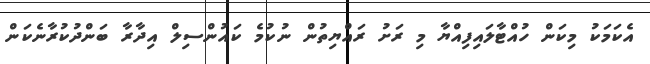
އެކަމަކު މިކަން ހުއްޓާލައިފިއްޔާ މި ރަށު ރައްޔިތުން ނުކުމެ ކައުންސިލް އިދާރާ ބަންދުކުރާނެކަން